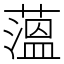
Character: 薀